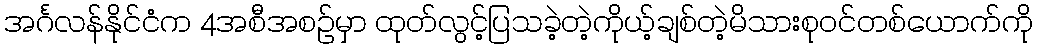
အင်္ဂလန်နိုင်ငံက 4အစီအစဉ်မှာ ထုတ်လွင့်ပြသခဲ့တဲ့ကိုယ့်ချစ်တဲ့မိသားစုဝင်တစ်ယောက်ကို